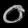
Digit: ၀